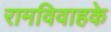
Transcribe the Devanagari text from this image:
रामविवाहके